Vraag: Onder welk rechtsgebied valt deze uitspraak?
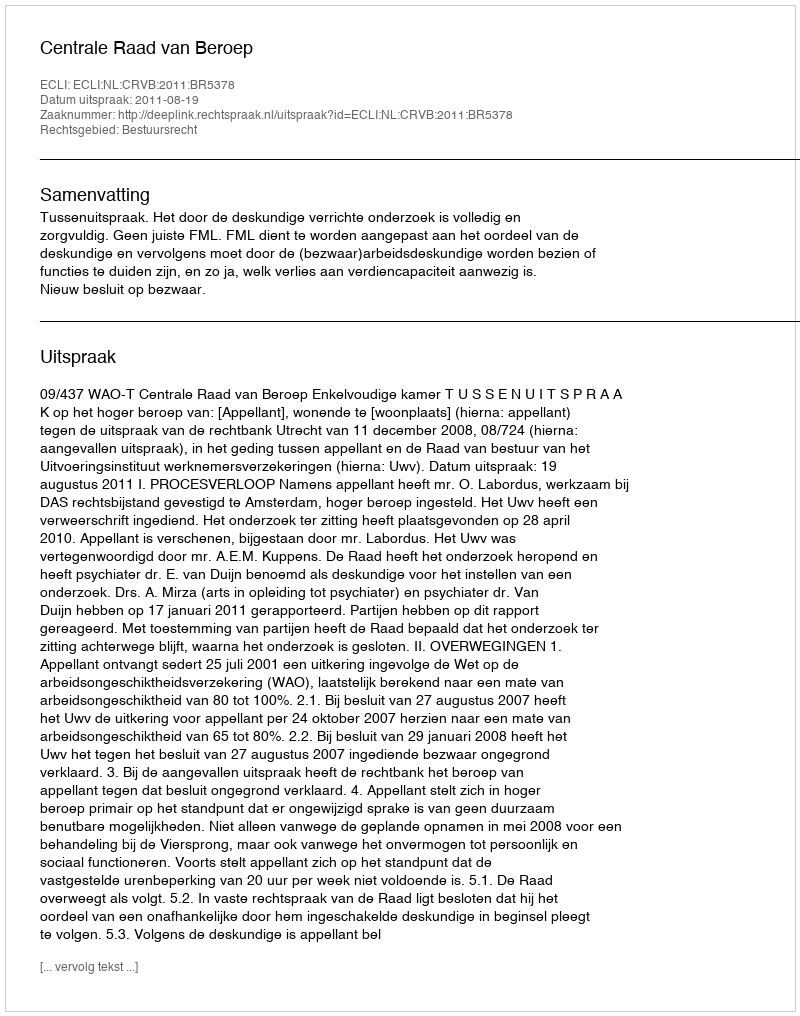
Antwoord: Bestuursrecht